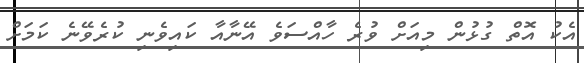
އެކު އޮތް ގުޅުން މިއަށް ވުރެ ހާއްސަވެ އޭނާއާ ކައިވެނި ކުރެވޭނެ ކަމަށް